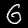
Digit: 6